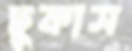
চুকাস